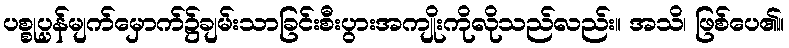
ပစ္စုပ္ပန်မျက်မှောက်၌ချမ်းသာခြင်းစီးပွားအကျိုးကိုလိုသည်လည်း။ အသိ၊ ဖြစ်ပေ၏။